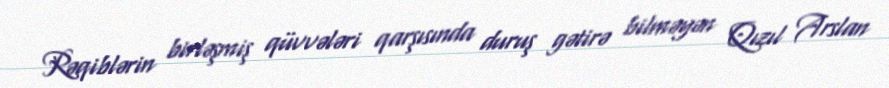
Rəqiblərin birləşmiş qüvvələri qarşısında duruş gətirə bilməyən Qızıl Arslan